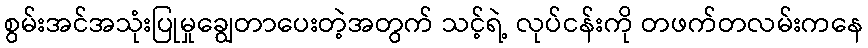
စွမ်းအင်အသုံးပြုမှုချွေတာပေးတဲ့အတွက် သင့်ရဲ့ လုပ်ငန်းကို တဖက်တလမ်းကနေ